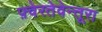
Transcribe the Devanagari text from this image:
फ़्वेरतेवेन्तूरा